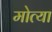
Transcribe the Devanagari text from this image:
मोत्या